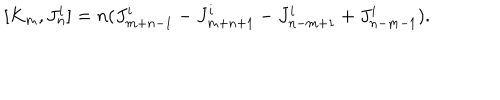
[ K _ { m } , J _ { n } ^ { i } ] = n ( J _ { m + n - 1 } ^ { i } - J _ { m + n + 1 } ^ { i } - J _ { n - m + 1 } ^ { i } + J _ { n - m - 1 } ^ { i } ) .